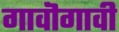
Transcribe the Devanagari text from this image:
गावॊगावी